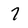
Character: 7